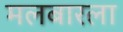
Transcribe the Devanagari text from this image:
मलबारला